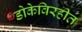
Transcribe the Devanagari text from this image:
डोकेविरहीत